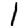
Digit: 1